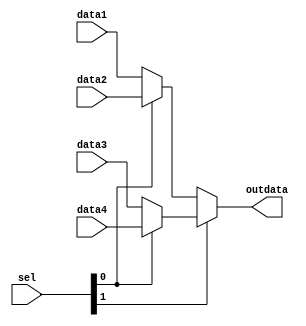
module mux4to1 (input [1:0] sel, input [31:0] data1, data2, data3, data4, output [31:0] outdata);
    assign outdata = (sel[1])? (sel[0]?data4:data3): (sel[0]?data2:data1);
endmodule